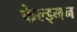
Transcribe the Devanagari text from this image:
फेल्ड्मन